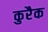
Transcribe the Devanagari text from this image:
कुरैक